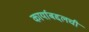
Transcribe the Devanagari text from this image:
कार्याबद्दलची